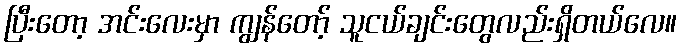
ပြီးတော့ အင်းလေးမှာ ကျွန်တော့် သူငယ်ချင်းတွေလည်းရှိတယ်လေ။